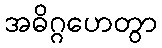
အဓိဂ္ဂဟေတွာ